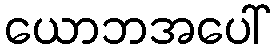
ယောဘအပေါ်